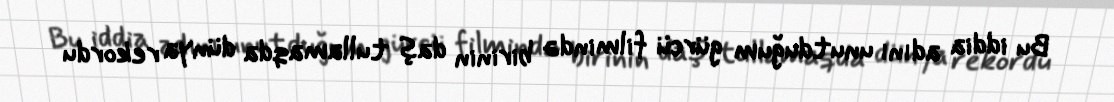
Bu iddia adını unutduğum gürcü filmində birinin daş tullamaqda dünya rekordu